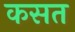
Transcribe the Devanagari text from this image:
कसत